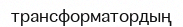
трансформатордың